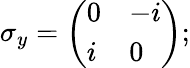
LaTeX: \sigma_{y}={\biggl(}{\begin{array}{ll}{0}&{-i}\\ {i}&{0}\end{array}}{\biggr)};